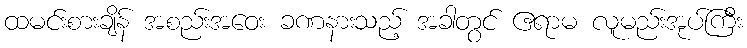
ထမင်းစားချိန် အစည်းအဝေး ခဏနားသည့် အခါတွင် ဧရာမ လူမည်းအုပ်ကြီး